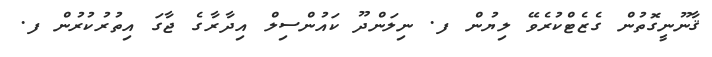
ޤާނޫނީގޮތުން ގެޒެޓްކުރެވޭ ލިޔުން ފ. ނިލަންދޫ ކައުންސިލް އިދާރާގެ ޖާގަ އިތުރުކުރުން ފ.